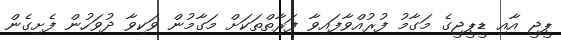
ޕީޖީ އާއި ޑީޕީޖީގެ މަގާމު ފުރުއްވާފައިވާ ފަރާތްތަކަށް މަގާމުން ވަކިވާ ދުވަހުން ފެށިގެން